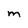
Character: m